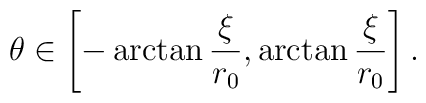
\theta\in\left[-\arctan{\xi\over r_0}, \arctan{\xi\over r_0}\right].